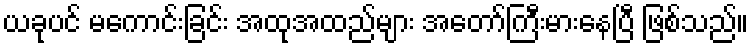
ယခုပင် မကောင်းခြင်း အထုအထည်များ အတော်ကြီးမားနေပြီ ဖြစ်သည်။